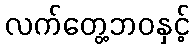
လက်တွေ့ဘဝနှင့်